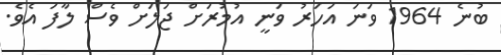
ބުނެ 1964 ވަނަ އަހަރު ވަނީ އުމުރަށް ޖަލަށް ވެސް ލާފަ އެވެ.